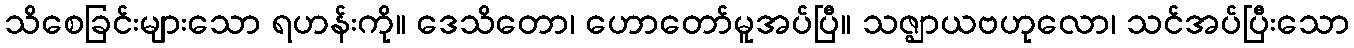
သိစေခြင်းများသော ရဟန်းကို။ ဒေသိတော၊ ဟောတော်မူအပ်ပြီ။ သဇ္ဈာယဗဟုလော၊ သင်အပ်ပြီးသော